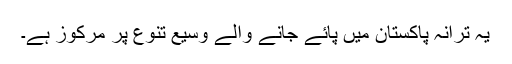
یہ ترانہ پاکستان میں پائے جانے والے وسیع تنوع پر مرکوز ہے۔